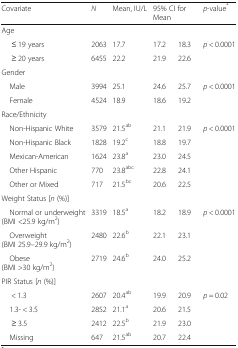
<table><thead><tr><td><b>Covariate</b></td><td><b><i>N</i></b></td><td><b>Mean, IU/L</b></td><td colspan="2"><b>95% CI for Mean</b></td><td><b><i>p</i>-value<sup>*</sup></b></td></tr></thead><tbody><tr><td colspan="6">Age</td></tr><tr><td>≤ 19 years</td><td>2063</td><td>17.7</td><td>17.2</td><td>18.3</td><td rowspan="2"><i>p</i> &lt; 0.0001</td></tr><tr><td>≥ 20 years</td><td>6455</td><td>22.2</td><td>21.9</td><td>22.6</td></tr><tr><td colspan="6">Gender</td></tr><tr><td> Male</td><td>3994</td><td>25.1</td><td>24.6</td><td>25.7</td><td rowspan="2"><i>p</i> &lt; 0.0001</td></tr><tr><td> Female</td><td>4524</td><td>18.9</td><td>18.6</td><td>19.2</td></tr><tr><td colspan="6">Race/Ethnicity</td></tr><tr><td> Non-Hispanic White</td><td>3579</td><td>21.5<sup>ab</sup></td><td>21.1</td><td>21.9</td><td rowspan="5"><i>p</i> &lt; 0.0001</td></tr><tr><td> Non-Hispanic Black</td><td>1828</td><td>19.2<sup>c</sup></td><td>18.8</td><td>19.7</td></tr><tr><td> Mexican-American</td><td>1624</td><td>23.8<sup>a</sup></td><td>23.0</td><td>24.5</td></tr><tr><td> Other Hispanic</td><td>770</td><td>23.8<sup>abc</sup></td><td>22.8</td><td>24.1</td></tr><tr><td> Other or Mixed</td><td>717</td><td>21.5<sup>bc</sup></td><td>20.6</td><td>22.5</td></tr><tr><td colspan="6">Weight Status [<i>n</i> (%)]</td></tr><tr><td> Normal or underweight(BMI &lt;25.9 kg/m<sup>2</sup>)</td><td>3319</td><td>18.5<sup>a</sup></td><td>18.2</td><td>18.9</td><td rowspan="3"><i>p</i> &lt; 0.0001</td></tr><tr><td> Overweight(BMI 25.9–29.9 kg/m<sup>2</sup>)</td><td>2480</td><td>22.6<sup>b</sup></td><td>22.1</td><td>23.1</td></tr><tr><td> Obese(BMI &gt;30 kg/m<sup>2</sup>)</td><td>2719</td><td>24.6<sup>b</sup></td><td>24.0</td><td>25.2</td></tr><tr><td colspan="6">PIR Status [<i>n</i> (%)]</td></tr><tr><td>&lt; 1.3</td><td>2607</td><td>20.4<sup>ab</sup></td><td>19.9</td><td>20.9</td><td rowspan="4"><i>p</i> = 0.02</td></tr><tr><td> 1.3- &lt; 3.5</td><td>2852</td><td>21.1<sup>a</sup></td><td>20.6</td><td>21.5</td></tr><tr><td>≥ 3.5</td><td>2412</td><td>22.5<sup>b</sup></td><td>21.9</td><td>23.0</td></tr><tr><td> Missing</td><td>647</td><td>21.5<sup>ab</sup></td><td>20.7</td><td>22.4</td></tr></tbody></table>